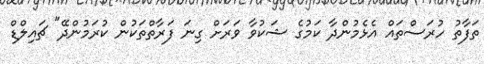
ތަފާތު ހުރަސްތައް އެޅެމުންދާ ކަމުގެ ޝަކުވާ ވަރަށް ގިނަ ފަރާތްތަކުން ކުރަމުންދޭ" ޗައިލްޑް